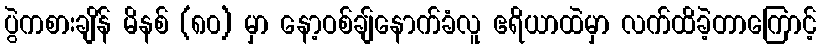
ပွဲကစားချိန် မိနစ် (၈၀) မှာ နော့ဝစ်ချ်နောက်ခံလူ ဧရိယာထဲမှာ လက်ထိခဲ့တာကြောင့်